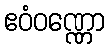
ဧဝံဝဏ္ဏော